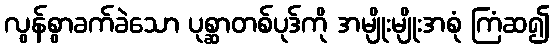
လွန်စွာခက်ခဲသော ပုစ္ဆာတစ်ပုဒ်ကို အမျိုးမျိုးအစုံ ကြံဆ၍